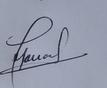
Signature authenticity: genuine